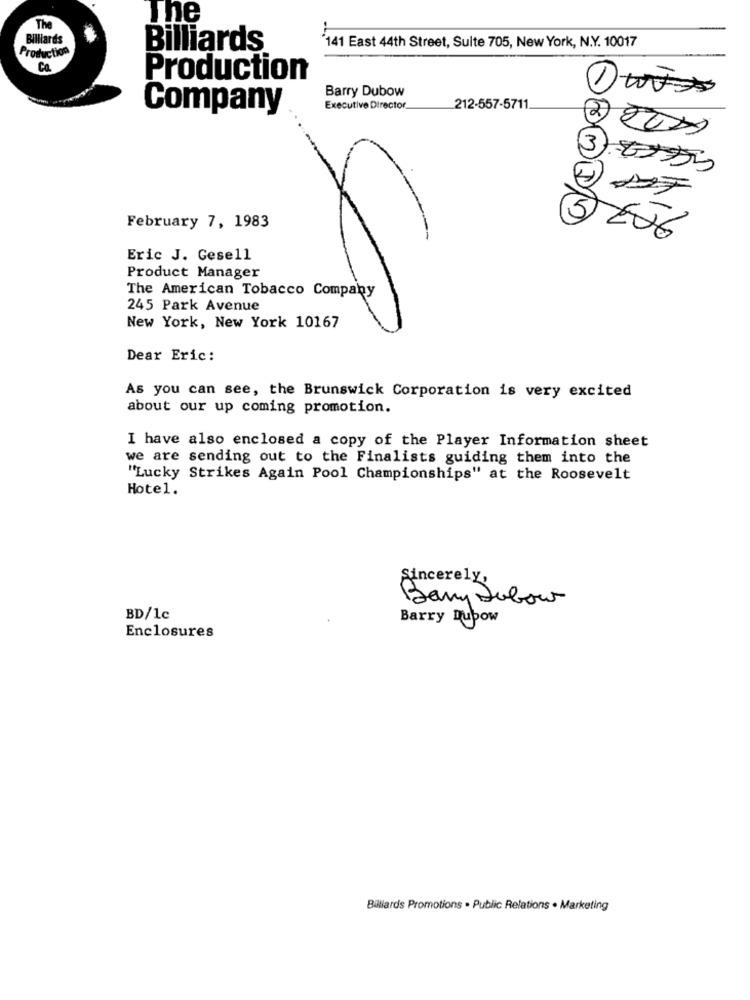
The
The
Billiards
Production
Billiards
141 East 44th Street, Suite 705, New York, N.Y. 10017
Ca.
Production
Barry Dubow
Company
Executive Director
212-557-5711
5
February 7, 1983
206
Eric J. Gesell
Product Manager
The American Tobacco Company
245 Park Avenue
New York, New York 10167
Dear Eric:
As you can see, the Brunswick Corporation is very excited
about our up coming promotion.
I have also enclosed a copy of the Player Information sheet
we are sending out to the Finalists guiding them into the
"Lucky Strikes Again Pool Championships" at the Roosevelt
Hotel.
Sincerely,
Barry Labour
BD/1c
Barry Dubow
Enclosures
Billiards Promotions . Public Relations . Marketing